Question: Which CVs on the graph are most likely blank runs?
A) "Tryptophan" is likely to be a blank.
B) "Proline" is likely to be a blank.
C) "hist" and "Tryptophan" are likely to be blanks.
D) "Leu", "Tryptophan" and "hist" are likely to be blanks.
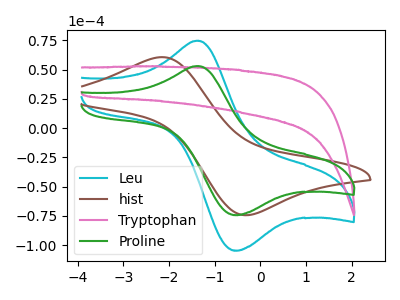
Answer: <think>The cyan curve "Leu" has an anodic peak at (-1.35V, 74.70uA) and a cathodic peak at (-0.50V, -104.60uA). The brown curve "hist" has an anodic peak at (-2.20V, 60.65uA) and a cathodic peak at (-0.25V, -74.35uA). The pink curve "Tryptophan" has no peaks. The green curve "Proline" has an anodic peak at (-1.35V, 53.05uA) and a cathodic peak at (-0.50V, -74.25uA).</think>
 <answer>A) "Tryptophan" is likely to be a blank.</answer>
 <eval>A</eval>